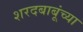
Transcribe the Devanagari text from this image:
शरदबाबूंच्या